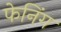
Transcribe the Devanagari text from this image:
फेनिंग